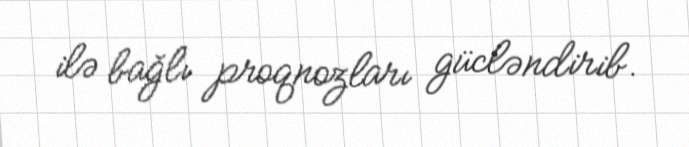
ilə bağlı proqnozları gücləndirib.